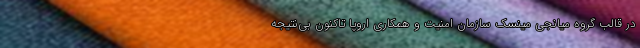
در قالب گروه میانجی مینسک سازمان امنیت و همکاری اروپا تاکنون بی‌نتیجه